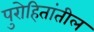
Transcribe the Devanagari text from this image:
पुरोहितांतील